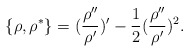
\begin{align*}\{ \rho,\rho^*\}=(\frac{\rho ''}{\rho '})'-\frac{1}{2}(\frac{\rho ''}{\rho '})^2.\end{align*}